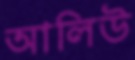
আলিউ